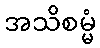
အသိစမ္မံ